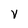
Character: v